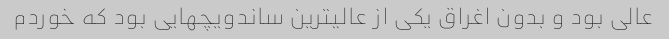
عالی بود و بدون اغراق یکی از عالیترین ساندویچهایی بود که خوردم